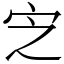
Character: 㝎